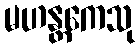
မဟန္တကေသု